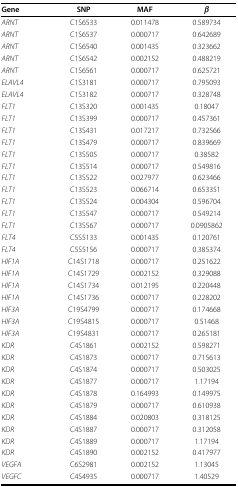
<table><thead><tr><td><b>Gene</b></td><td><b>SNP</b></td><td><b>MAF</b></td><td><b><i>β</i></b></td></tr></thead><tbody><tr><td><i>ARNT</i></td><td>C1S6533</td><td>0.011478</td><td>0.589734</td></tr><tr><td><i>ARNT</i></td><td>C1S6537</td><td>0.000717</td><td>0.642689</td></tr><tr><td><i>ARNT</i></td><td>C1S6540</td><td>0.001435</td><td>0.323662</td></tr><tr><td><i>ARNT</i></td><td>C1S6542</td><td>0.002152</td><td>0.488219</td></tr><tr><td><i>ARNT</i></td><td>C1S6561</td><td>0.000717</td><td>0.625721</td></tr><tr><td><i>ELAVL4</i></td><td>C1S3181</td><td>0.000717</td><td>0.795093</td></tr><tr><td><i>ELAVL4</i></td><td>C1S3182</td><td>0.000717</td><td>0.328748</td></tr><tr><td><i>FLT1</i></td><td>C13S320</td><td>0.001435</td><td>0.18047</td></tr><tr><td><i>FLT1</i></td><td>C13S399</td><td>0.000717</td><td>0.457361</td></tr><tr><td><i>FLT1</i></td><td>C13S431</td><td>0.017217</td><td>0.732566</td></tr><tr><td><i>FLT1</i></td><td>C13S479</td><td>0.000717</td><td>0.839669</td></tr><tr><td><i>FLT1</i></td><td>C13S505</td><td>0.000717</td><td>0.38582</td></tr><tr><td><i>FLT1</i></td><td>C13S514</td><td>0.000717</td><td>0.549816</td></tr><tr><td><i>FLT1</i></td><td>C13S522</td><td>0.027977</td><td>0.623466</td></tr><tr><td><i>FLT1</i></td><td>C13S523</td><td>0.066714</td><td>0.653351</td></tr><tr><td><i>FLT1</i></td><td>C13S524</td><td>0.004304</td><td>0.596704</td></tr><tr><td><i>FLT1</i></td><td>C13S547</td><td>0.000717</td><td>0.549214</td></tr><tr><td><i>FLT1</i></td><td>C13S567</td><td>0.000717</td><td>0.0905862</td></tr><tr><td><i>FLT4</i></td><td>C5S5133</td><td>0.001435</td><td>0.120761</td></tr><tr><td><i>FLT4</i></td><td>C5S5156</td><td>0.000717</td><td>0.385374</td></tr><tr><td><i>HIF1A</i></td><td>C14S1718</td><td>0.000717</td><td>0.251622</td></tr><tr><td><i>HIF1A</i></td><td>C14S1729</td><td>0.002152</td><td>0.329088</td></tr><tr><td><i>HIF1A</i></td><td>C14S1734</td><td>0.012195</td><td>0.220448</td></tr><tr><td><i>HIF1A</i></td><td>C14S1736</td><td>0.000717</td><td>0.228202</td></tr><tr><td><i>HIF3A</i></td><td>C19S4799</td><td>0.000717</td><td>0.174668</td></tr><tr><td><i>HIF3A</i></td><td>C19S4815</td><td>0.000717</td><td>0.51468</td></tr><tr><td><i>HIF3A</i></td><td>C19S4831</td><td>0.000717</td><td>0.265181</td></tr><tr><td><i>KDR</i></td><td>C4S1861</td><td>0.002152</td><td>0.598271</td></tr><tr><td><i>KDR</i></td><td>C4S1873</td><td>0.000717</td><td>0.715613</td></tr><tr><td><i>KDR</i></td><td>C4S1874</td><td>0.000717</td><td>0.503025</td></tr><tr><td><i>KDR</i></td><td>C4S1877</td><td>0.000717</td><td>1.17194</td></tr><tr><td><i>KDR</i></td><td>C4S1878</td><td>0.164993</td><td>0.149975</td></tr><tr><td><i>KDR</i></td><td>C4S1879</td><td>0.000717</td><td>0.610938</td></tr><tr><td><i>KDR</i></td><td>C4S1884</td><td>0.020803</td><td>0.318125</td></tr><tr><td><i>KDR</i></td><td>C4S1887</td><td>0.000717</td><td>0.312058</td></tr><tr><td><i>KDR</i></td><td>C4S1889</td><td>0.000717</td><td>1.17194</td></tr><tr><td><i>KDR</i></td><td>C4S1890</td><td>0.002152</td><td>0.417977</td></tr><tr><td><i>VEGFA</i></td><td>C6S2981</td><td>0.002152</td><td>1.13045</td></tr><tr><td><i>VEGFC</i></td><td>C4S4935</td><td>0.000717</td><td>1.40529</td></tr></tbody></table>